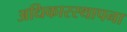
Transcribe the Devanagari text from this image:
अधिकारस्थापना